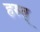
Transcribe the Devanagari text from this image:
हस्त्